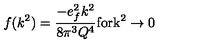
f ( k ^ { 2 } ) = \frac { - e _ { f } ^ { 2 } k ^ { 2 } } { 8 \pi ^ { 3 } Q ^ { 4 } } \mathrm { f o r k ^ { 2 } \rightarrow 0 }